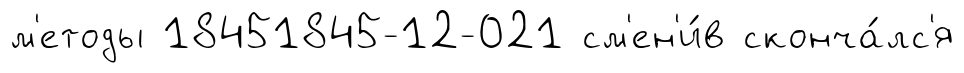
м'етоды 18451845-12-021 см'ен'и́в сконча́лс'я